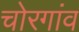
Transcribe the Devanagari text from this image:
चोरगांव